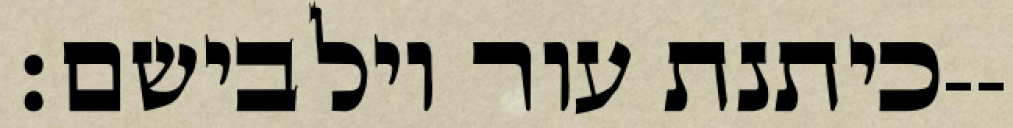
כיתנת עור וילבישם׃--